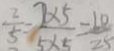
\frac { 2 } { 5 } = \frac { 2 \times 5 } { 5 \times 5 } = \frac { 1 0 } { 2 5 }